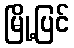
မြို့ပြင်